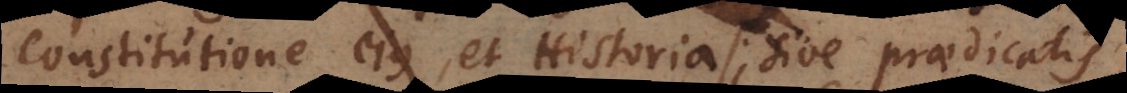
constitutione ejus, et Historia; sive praedicatis